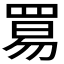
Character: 𬙢